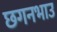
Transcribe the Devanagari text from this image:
छगनभाउ